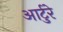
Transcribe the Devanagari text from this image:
आर्टुरे